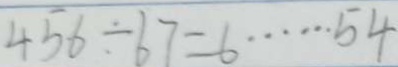
4 5 6 \div 6 7 = 6 \cdots 5 4